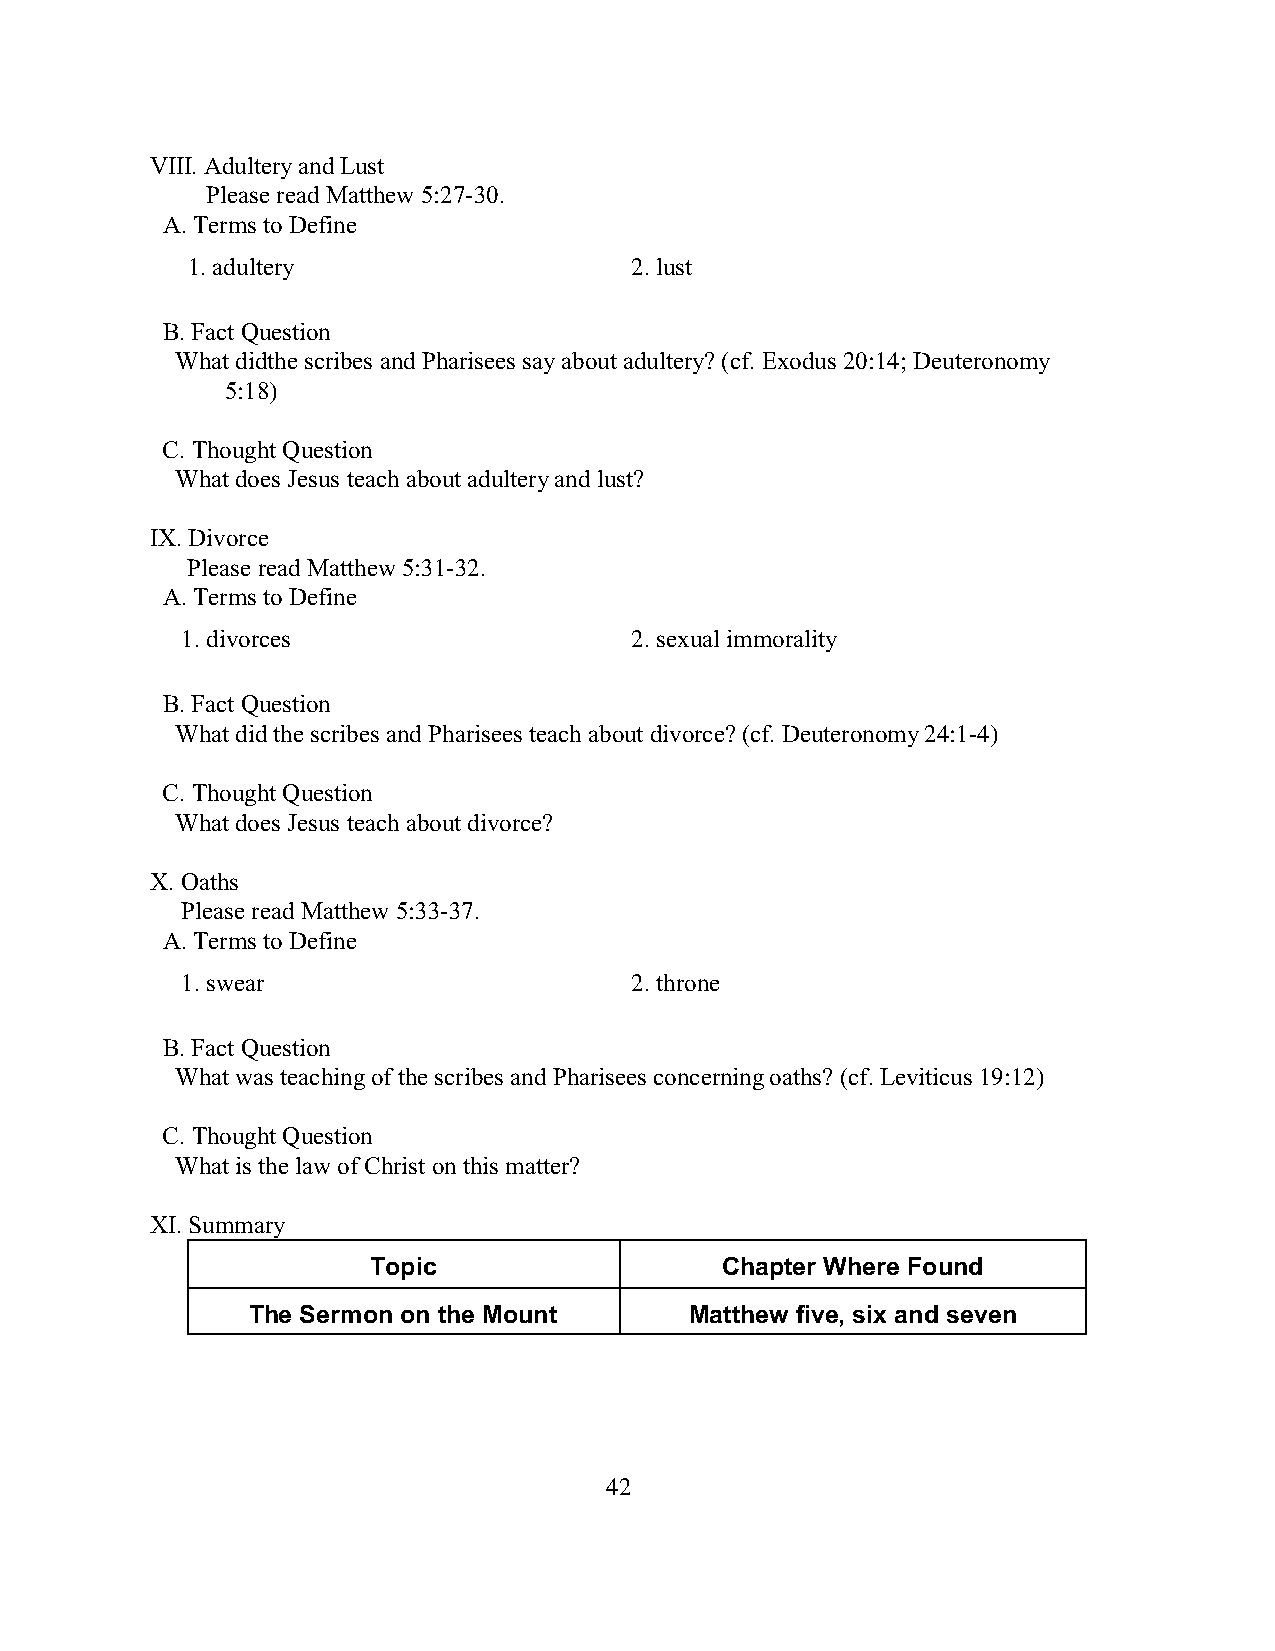
VIII. Adultery and Lust
 Please read Matthew 5:27-30.
 A. Terms to Define
 1. adultery                   2. lust
 B. Fact Question
 What didthe scribes and Pharisees say about adultery? (cf. Exodus 20:14; Deuteronomy
 5:18)
 C. Thought Question
 What does Jesus teach about adultery and lust?
 IX. Divorce
 Please read Matthew 5:31-32.
 A. Terms to Define
 1. divorces                   2. sexual immorality
 B. Fact Question
 What did the scribes and Pharisees teach about divorce? (cf. Deuteronomy 24:1-4)
 C. Thought Question
 What does Jesus teach about divorce?
 X. Oaths
 Please read Matthew 5:33-37.
 A. Terms to Define
 1. swear                      2. throne
 B. Fact Question
 What was teaching of the scribes and Pharisees concerning oaths? (cf. Leviticus 19:12)
 C. Thought Question
 What is the law of Christ on this matter?
 XI. Summary
 Topic                   Chapter Where Found
 The Sermon on the Mount       Matthew five, six and seven
 42